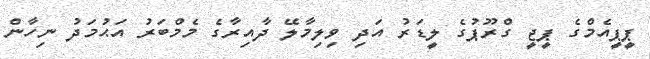
ޕީޕީއެމްގެ ޕީޖީ ގްރޫޕުގެ ލީޑަރު އަދި ވިލިމާލޭ ދާއިރާގެ މެމްބަރު އަޙުމަދު ނިހާން